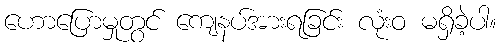
ဟောပြောမှုတွင် ကျေနပ်အားရခြင်း လုံးဝ မရှိခဲ့ပါ။